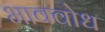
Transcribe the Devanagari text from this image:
भाववोध